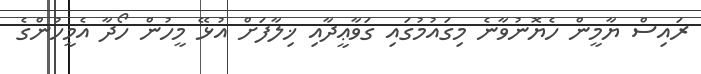
ރައިސް ޔާމީން ހެޔޮނުވާނެ މިގައުމުގައި ގަވާޢީދާއި ޚިލާފަށް އުޅޭ މީހުން ހޯދާ އެމީހުންގެ